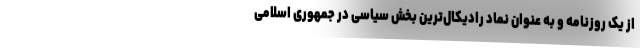
از یک روزنامه و به عنوان نماد رادیکال‌ترین بخش سیاسی در جمهوری اسلامی